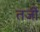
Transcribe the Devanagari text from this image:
तर्जो